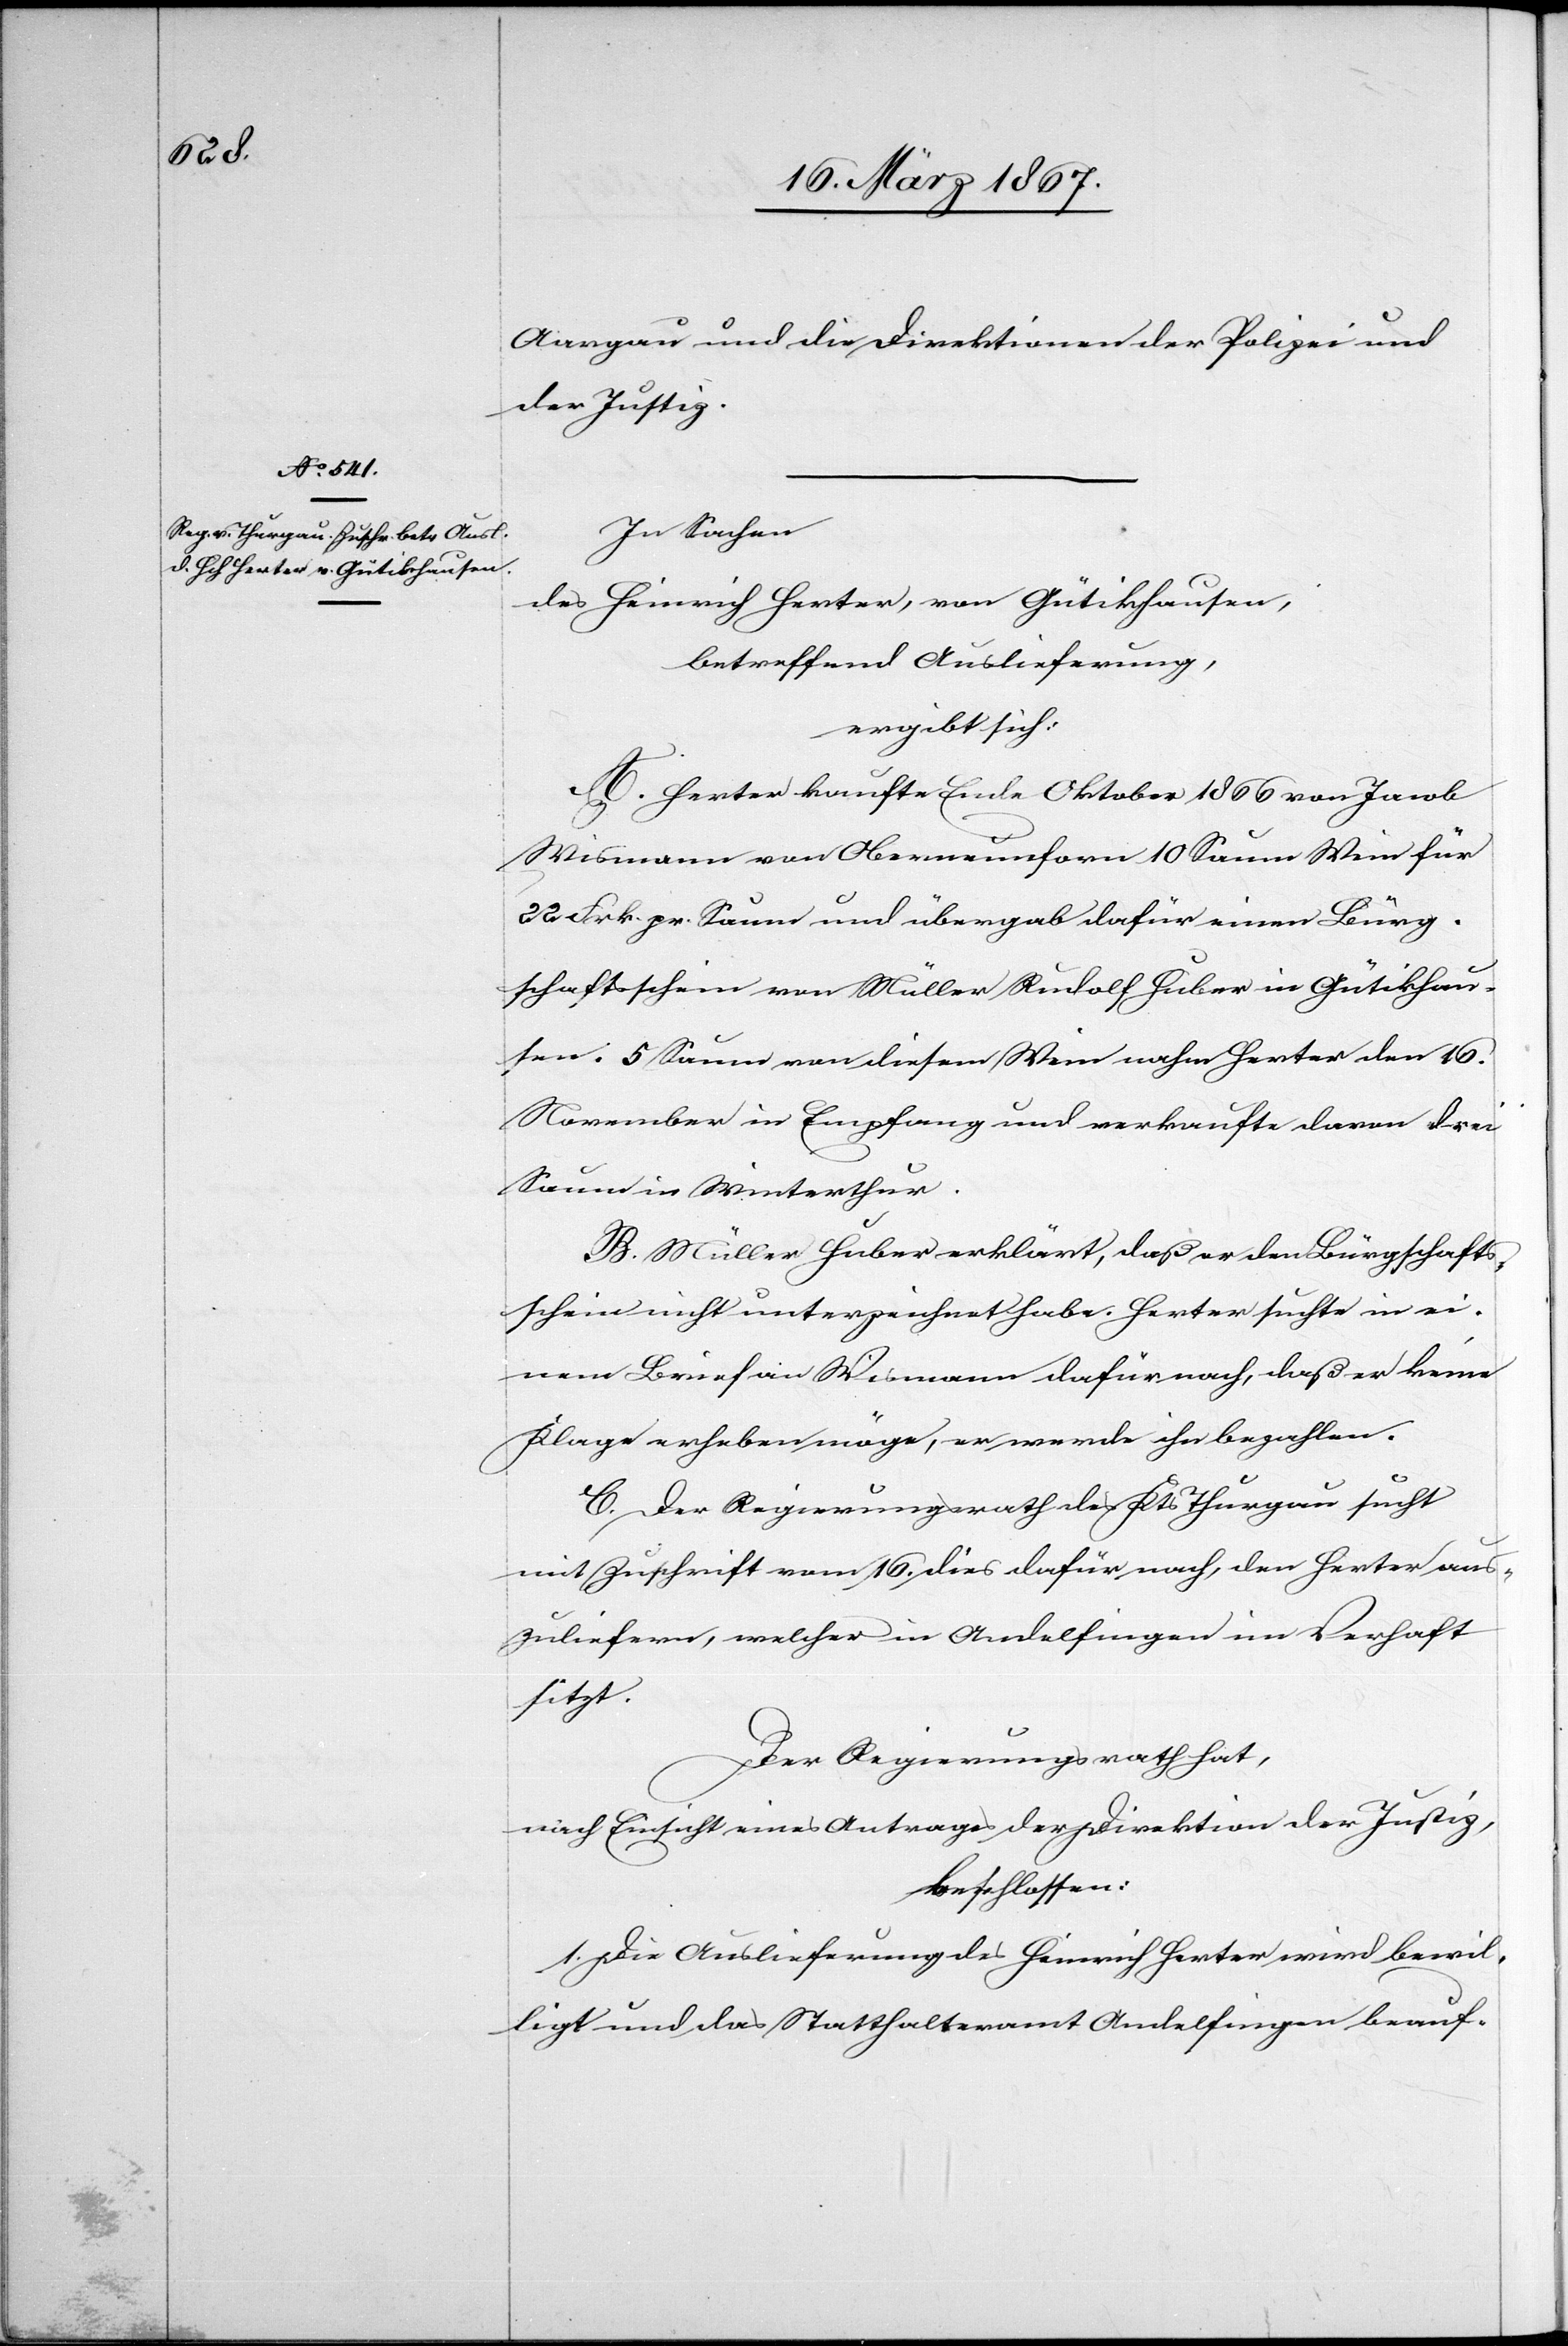
19. März 1867.]
Aargau und die Direktionen der Polizei und
der Justiz.
In Sachen
des Heinrich Herter, von Gütikhausen,
betreffend Auslieferung,
ergibt sich:
A. Herter kaufte Ende Oktober 1866 von Jacob
Wismann von Oberneunforn 10 Saum Wein für
22 Frk. pr. Saum und übergab dafür einen Bürg¬
schaftsschein von Müller Rudolf Huber in Gütikhau¬
sen. 5 Saum von diesem Wein nahm Herter den 16.
November in Empfang und verkaufte davon drei
Saum in Winterthur.
B. Müller Huber erklärt, daß er den Bürgschafts¬
schein nicht unterzeichnet habe. Herter suchte in ei¬
nem Brief an Wismann dafür nach, daß er keine
Klage erheben möge, er werde ihn bezahlen.
C. Der Regierungsrath des Kts Thurgau sucht
mit Zuschrift vom 16. dies dafür nach, den Herter aus¬
zuliefern, welcher in Andelfingen im Verhaft
sitzt.
Der Regierungsrath hat,
nach Einsicht eines Antrages der Direktion der Justiz,
beschlossen:
1. Die Auslieferung des Heinrich Herter wird bewil¬
ligt und das Statthalteramt Andelfingen beauf-